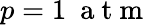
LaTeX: p=1~\mathrm{~a~t~m~}